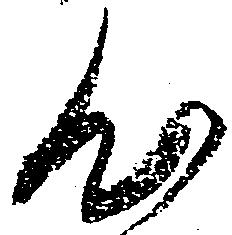
心